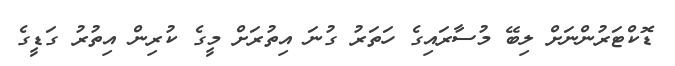
ޑޮކްޓަރުންނަށް ލިބޭ މުސާރައިގެ ހަތަރު ގުނަ އިތުރަށް މީގެ ކުރިން އިތުރު ގަޑީގެ